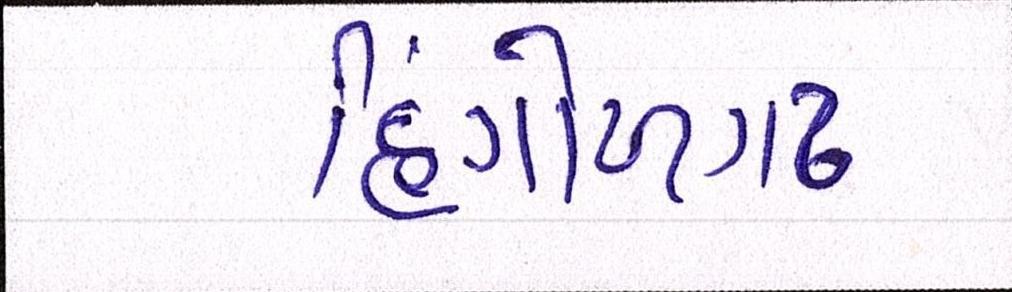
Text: હિંગોળગઢ